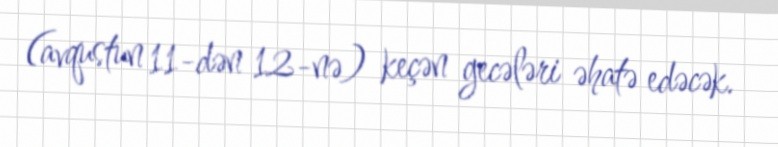
(avqustun 11-dən 12-nə) keçən gecələri əhatə edəcək.